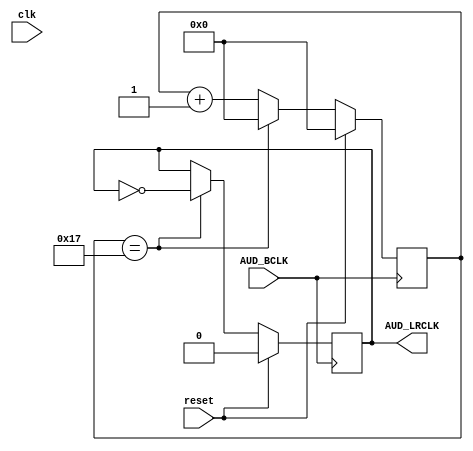
// (C) 2001-2018 Intel Corporation. All rights reserved.
// Your use of Intel Corporation's design tools, logic functions and other 
// software and tools, and its AMPP partner logic functions, and any output 
// files from any of the foregoing (including device programming or simulation 
// files), and any associated documentation or information are expressly subject 
// to the terms and conditions of the Intel Program License Subscription 
// Agreement, Intel FPGA IP License Agreement, or other applicable 
// license agreement, including, without limitation, that your use is for the 
// sole purpose of programming logic devices manufactured by Intel and sold by 
// Intel or its authorized distributors.  Please refer to the applicable 
// agreement for further details.


module soc_audio_lrclk_intel_up_avalon_audio_clks_0 (
	// Globals
	clk,
	reset,

	// Bit Clock
	AUD_BCLK,

	// Left-Right Clock
	AUD_LRCLK
);

/*****************************************************************************
 *                           Parameter Declarations                          *
 *****************************************************************************/


/*****************************************************************************
 *                             Port Declarations                             *
 *****************************************************************************/
// Globals
input				clk;
input				reset;

// Bit Clock
input				AUD_BCLK;

// Left-Right Clock
output reg			AUD_LRCLK;

/*****************************************************************************
 *                           Constant Declarations                           *
 *****************************************************************************/

localparam BIT_COUNTER_INIT	= 5'd23;

/*****************************************************************************
 *                 Internal Wires and Registers Declarations                 *
 *****************************************************************************/

reg			[ 4: 0]	bclk_counter;

/*****************************************************************************
 *                         Finite State Machine(s)                           *
 *****************************************************************************/


/*****************************************************************************
 *                             Sequential Logic                              *
 *****************************************************************************/

always @(negedge AUD_BCLK)
begin
	if (reset) begin
		AUD_LRCLK <= 1'b0;
		bclk_counter <= 5'b0;
	end else if (bclk_counter == BIT_COUNTER_INIT) begin
		AUD_LRCLK <= ~AUD_LRCLK;
		bclk_counter <= 5'b0;
	end else
		bclk_counter <= bclk_counter + 1;
end

/*****************************************************************************
 *                            Combinational Logic                            *
 *****************************************************************************/


/*****************************************************************************
 *                              Internal Modules                             *
 *****************************************************************************/

endmodule